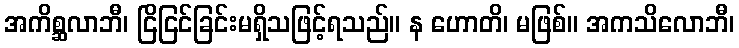
အကိစ္ဆလာဘီ၊ ငြိငြင်ခြင်းမရှိသဖြင့်ရသည်။ န ဟောတိ၊ မဖြစ်။ အကသိလောဘီ၊